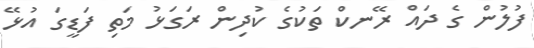
ފުލުން ގެ ދައް ރޭނކް ތަކުގެ ކުދިން ރަގަޅު މަތި ފަޑީގަ އުޅޭ